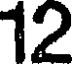
12